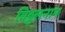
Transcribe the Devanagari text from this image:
विठ्ठलनाम